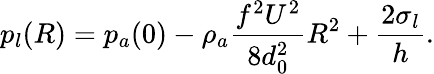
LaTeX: p_{l}(R)=p_{a}(0)-\rho_{a}{\frac{f^{2}U^{2}}{8d_{0}^{2}}R^{2}}+\frac{2\sigma_{l}}{h}.